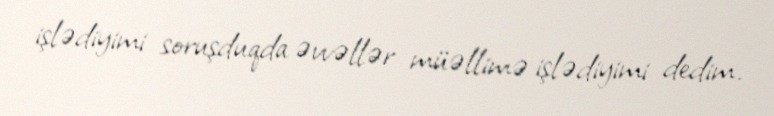
işlədiyimi soruşduqda əvvəllər müəllimə işlədiyimi dedim.